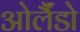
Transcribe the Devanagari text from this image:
ओर्लैंडो